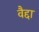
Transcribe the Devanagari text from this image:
वैद्दा